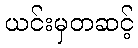
ယင်းမှတဆင့်